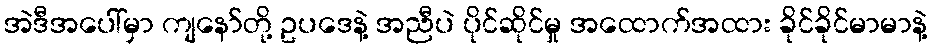
အဲဒီအပေါ်မှာ ကျနော်တို့ ဥပဒေနဲ့ အညီပဲ ပိုင်ဆိုင်မှု အထောက်အထား ခိုင်ခိုင်မာမာနဲ့